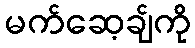
မက်ဆေ့ချ်ကို